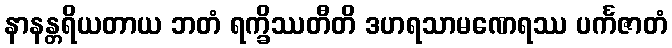
နာနန္တရိယတာယ ဘတံ ရက္ခိဿတီတိ ဒဟရသာမဏေရဿ ပင်္ကဇာတံ